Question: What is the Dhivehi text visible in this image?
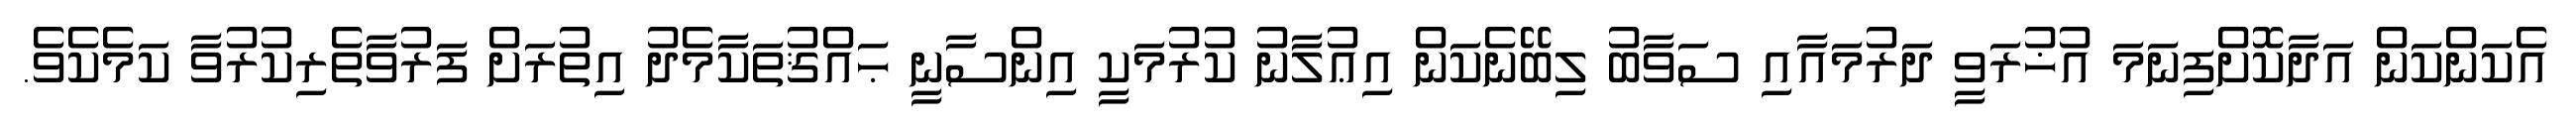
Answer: އެކަންކަން އަދާކޮށްފިނަމަ އުޚުރަވީ ދަރުމައާއި ސަވާބު ލިބޭނެކަން އިޢުލާނު ކުރުމަކީ އިންސާނީ ޙައްޤުތަކާމެދު އިތުރަށް ފަރުވާތެރިކުރުވާ ކަމެކެވެ.